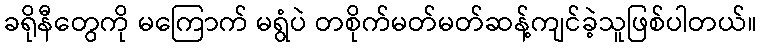
ခရိုနီတွေကို မကြောက် မရွံပဲ တစိုက်မတ်မတ်ဆန့်ကျင်ခဲ့သူဖြစ်ပါတယ်။